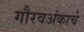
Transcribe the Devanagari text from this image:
गौरवअंकाचे